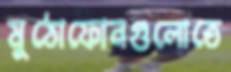
মুঠোফোনগুলোতে